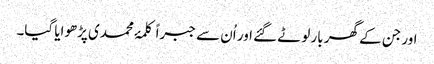
اور جن کے گھر بار لوٹے گئے اور اُن سے جبراً کلمۂ محمدی پڑھوایا گیا۔